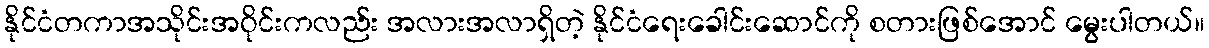
နိုင်ငံတကာအသိုင်းအဝိုင်းကလည်း အလားအလာရှိတဲ့ နိုင်ငံရေးခေါင်းဆောင်ကို စတားဖြစ်အောင် မွေးပါတယ်။